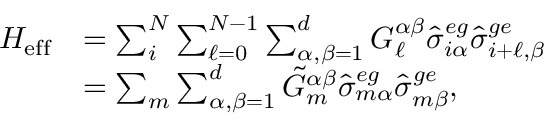
\begin{array} { r l } { H _ { \mathrm { e f f } } } & { = \sum _ { i } ^ { N } \sum _ { \ell = 0 } ^ { N - 1 } \sum _ { \alpha , \beta = 1 } ^ { d } G _ { \ell } ^ { \alpha \beta } \hat { \sigma } _ { i \alpha } ^ { e g } \hat { \sigma } _ { i + \ell , \beta } ^ { g e } } \\ & { = \sum _ { m } \sum _ { \alpha , \beta = 1 } ^ { d } \tilde { G } _ { m } ^ { \alpha \beta } \hat { \sigma } _ { m \alpha } ^ { e g } \hat { \sigma } _ { m \beta } ^ { g e } , } \end{array}